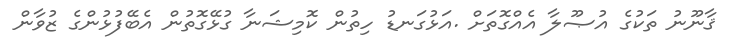
ޤާނޫނު ތަކުގެ އުޞޫލާ އެއްގޮތަށް .އަޅުގަނޑު ހިތުން ކޮމިޝަނާ ގުޅޭގޮތުން އެބޭފުޅުންގެ ޒުވާން